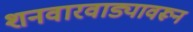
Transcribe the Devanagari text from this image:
शनवारवाड्यावरून